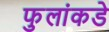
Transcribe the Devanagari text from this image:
फुलांकडे